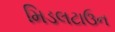
મિડલટાઉન